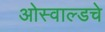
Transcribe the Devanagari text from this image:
ओस्वाल्डचे